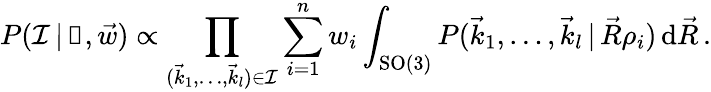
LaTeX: P(\mathcal I\, |\, \boldsymbol\uprho,\vec{w})\propto\prod_{(\vec{k}_{1},\dots,\vec{k}_{l})\in\mathcal I}\sum_{i=1}^{n}w_{i}\int_{\mathrm{SO}(3)}P(\vec{k}_{1},\dots,\vec{k}_{l}\, |\, \vec{R}\rho_{i})\, \mathrm d\vec{R}\, .